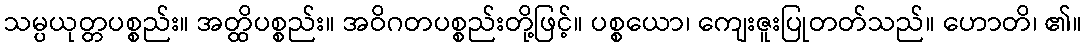
သမ္ပယုတ္တပစ္စည်း။ အတ္ထိပစ္စည်း။ အဝိဂတပစ္စည်းတို့ဖြင့်။ ပစ္စယော၊ ကျေးဇူးပြုတတ်သည်။ ဟောတိ၊ ၏။